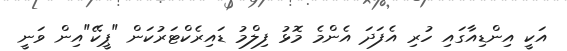
އަކީ އިންޑިއާގައި ހުރި އެފަދަ އެންމެ މޮޅު ފިލްމު ޑައިރެކްޓަރުކަން "ޕީކޭ"އިން ވަނީ